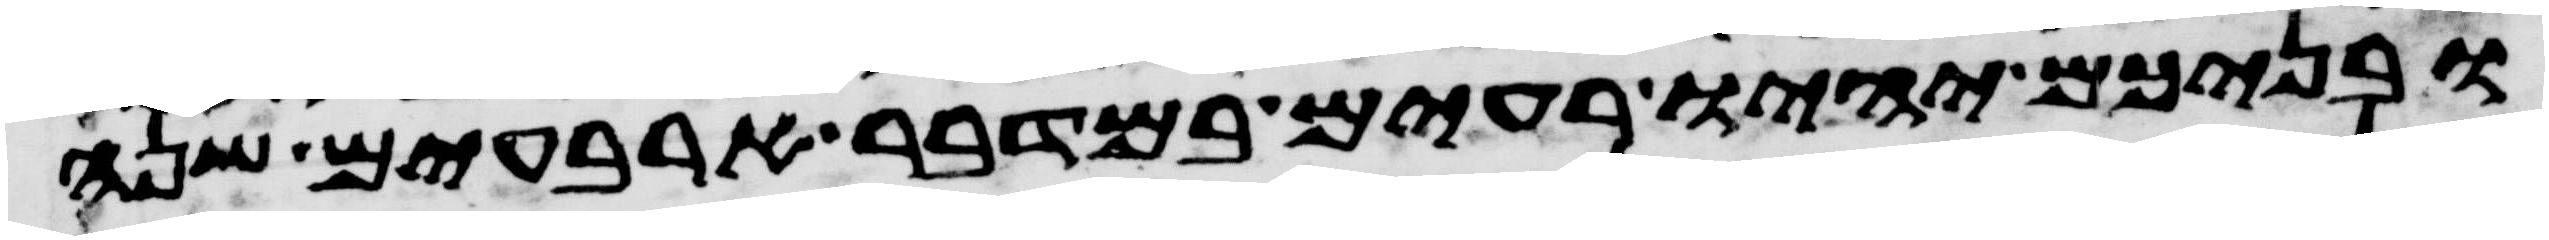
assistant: ובניכם יהיו רעים במדבר ארבעים שנה